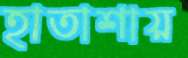
হাতাশায়